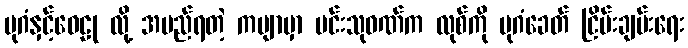
ပုဂံနှင့်ဝေဠု လို့ အမည်ရတဲ့ ကဗျာမှာ မင်းသုဝဏ်က လုစ်ကို ပုဂံခေတ် ငြိမ်းချမ်းရေး